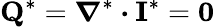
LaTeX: \boldsymbol{\mathrm{Q}}^{*}=\boldsymbol{\nabla}^{*}\boldsymbol{\cdot}\boldsymbol{\mathrm{I}}^{*}=\boldsymbol{0}